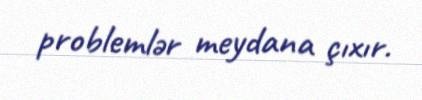
problemlər meydana çıxır.